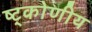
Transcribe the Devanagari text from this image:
ष्ट्कोणीय